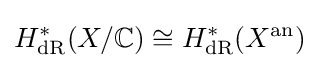
H_{\text{dR}}^{\ast }(X/\mathbb {C} )\cong H_{\text{dR}}^{\ast }(X^{\text{an}})